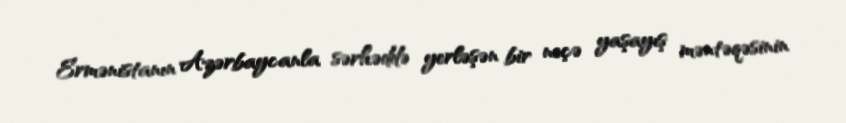
Ermənistanın Azərbaycanla sərhəddə yerləşən bir neçə yaşayış məntəqəsinin